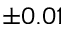
\pm 0 . 0 1